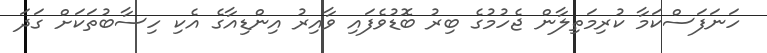
ހަނަފަސްކަމާ ކުރިމަތިލާން ޖެހުމުގެ ބިރު ބޮޑުވެފައި ވާއިރު އިންޑިއާގެ އެކި ހިސާބުތަކަށް ގަދަ